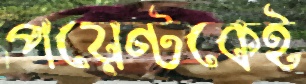
পয়েন্টকেই